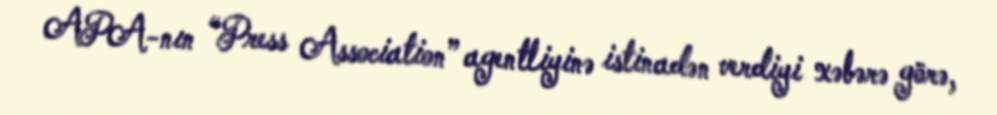
APA-nın “Press Association” agentliyinə istinadən verdiyi xəbərə görə,